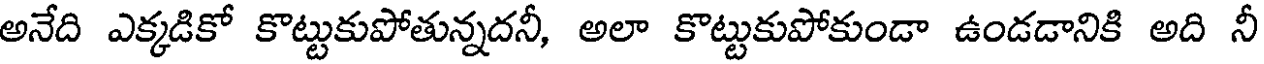
అనేది ఎక్కడికో కొట్టుకుపోతున్నదనీ, అలా కొట్టుకుపోకుండా ఉండడానికి అది నీ